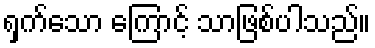
ရှက်သော ကြောင့် သာဖြစ်ပါသည်။